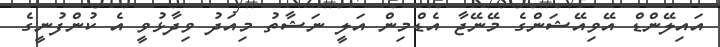
އައިލޭންޑް އޭވިއޭޝަންގެ މޭނޭޖާ އެޑްމިން އަލީ ނަޝާތު މިއަދު ވިދާޅުވީ އެ ކުންފުނީގެ